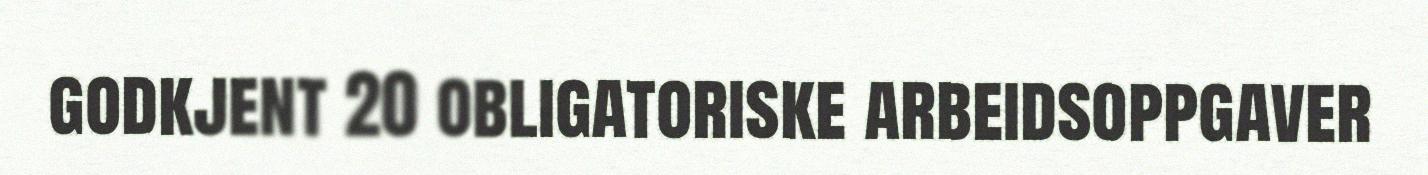
godkjent 20 obligatoriske arbeidsoppgaver